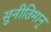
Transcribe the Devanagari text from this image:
सुनीतिमान्‌